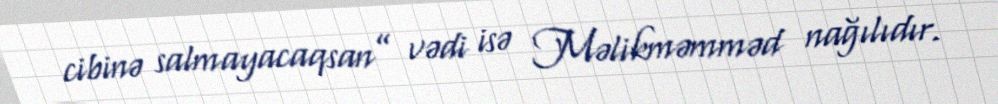
cibinə salmayacaqsan” vədi isə Məlikməmməd nağılıdır.